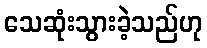
သေဆုံးသွားခဲ့သည်ဟု